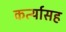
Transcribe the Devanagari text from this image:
कर्त्यासह